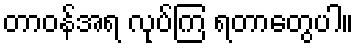
တာဝန်အရ လုပ်ကြ ရတာတွေပါ။